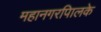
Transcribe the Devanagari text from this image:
महानगरपािलके